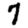
Digit: 7